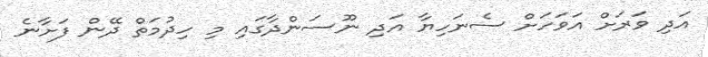
އަދި ވަރަށް އަވަހަށް ސެނަހިޔާ އަދި ނޫސަންދާގައި މި ހިދުމަތް ދޭން ފަށާނެ